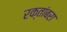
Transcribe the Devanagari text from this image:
रक्तांबरा